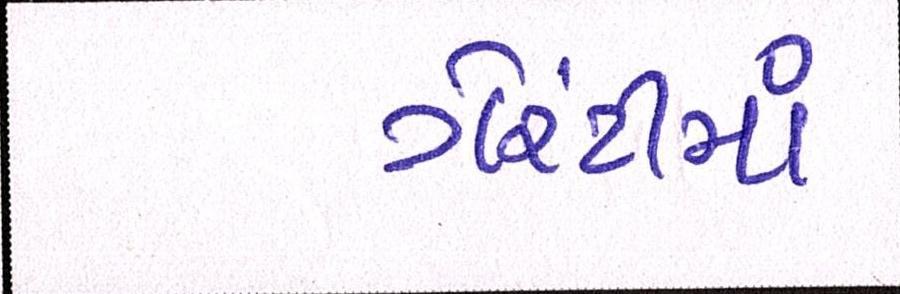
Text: ગેરંટીમાં